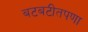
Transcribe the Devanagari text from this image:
बटबटीतपणा